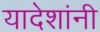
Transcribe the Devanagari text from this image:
यादेशांनी